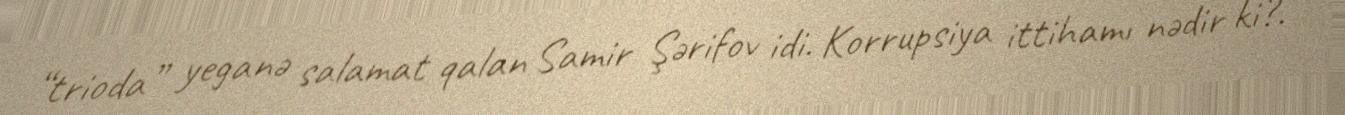
“trioda” yeganə salamat qalan Samir Şərifov idi. Korrupsiya ittihamı nədir ki?.